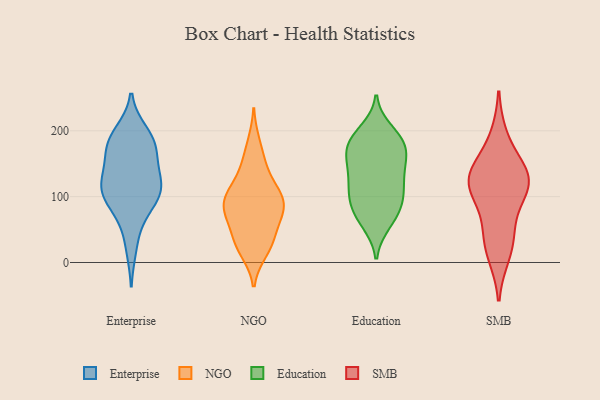
{"axis": {"x": "Latency (ms)", "y": "Value"}, "legend": ["Education", "Enterprise", "NGO", "SMB"], "data": [{"x": "", "y": 189, "type": "Enterprise"}, {"x": "", "y": 65, "type": "Enterprise"}, {"x": "", "y": 173, "type": "Enterprise"}, {"x": "", "y": 108, "type": "Enterprise"}, {"x": "", "y": 168, "type": "Enterprise"}, {"x": "", "y": 197, "type": "Enterprise"}, {"x": "", "y": 130, "type": "Enterprise"}, {"x": "", "y": 101, "type": "Enterprise"}, {"x": "", "y": 130, "type": "Enterprise"}, {"x": "", "y": 186, "type": "Enterprise"}, {"x": "", "y": 89, "type": "Enterprise"}, {"x": "", "y": 169, "type": "Enterprise"}, {"x": "", "y": 123, "type": "Enterprise"}, {"x": "", "y": 23, "type": "Enterprise"}, {"x": "", "y": 111, "type": "Enterprise"}, {"x": "", "y": 104, "type": "Enterprise"}, {"x": "", "y": 88, "type": "NGO"}, {"x": "", "y": 80, "type": "NGO"}, {"x": "", "y": 107, "type": "NGO"}, {"x": "", "y": 180, "type": "NGO"}, {"x": "", "y": 35, "type": "NGO"}, {"x": "", "y": 27, "type": "NGO"}, {"x": "", "y": 107, "type": "NGO"}, {"x": "", "y": 101, "type": "NGO"}, {"x": "", "y": 78, "type": "NGO"}, {"x": "", "y": 151, "type": "NGO"}, {"x": "", "y": 75, "type": "NGO"}, {"x": "", "y": 59, "type": "NGO"}, {"x": "", "y": 139, "type": "NGO"}, {"x": "", "y": 29, "type": "NGO"}, {"x": "", "y": 93, "type": "NGO"}, {"x": "", "y": 18, "type": "NGO"}, {"x": "", "y": 108, "type": "Education"}, {"x": "", "y": 103, "type": "Education"}, {"x": "", "y": 67, "type": "Education"}, {"x": "", "y": 177, "type": "Education"}, {"x": "", "y": 74, "type": "Education"}, {"x": "", "y": 177, "type": "Education"}, {"x": "", "y": 200, "type": "Education"}, {"x": "", "y": 178, "type": "Education"}, {"x": "", "y": 60, "type": "Education"}, {"x": "", "y": 148, "type": "Education"}, {"x": "", "y": 136, "type": "Education"}, {"x": "", "y": 188, "type": "Education"}, {"x": "", "y": 111, "type": "Education"}, {"x": "", "y": 83, "type": "Education"}, {"x": "", "y": 151, "type": "Education"}, {"x": "", "y": 104, "type": "Education"}, {"x": "", "y": 143, "type": "Education"}, {"x": "", "y": 181, "type": "Education"}, {"x": "", "y": 32, "type": "SMB"}, {"x": "", "y": 110, "type": "SMB"}, {"x": "", "y": 133, "type": "SMB"}, {"x": "", "y": 14, "type": "SMB"}, {"x": "", "y": 188, "type": "SMB"}, {"x": "", "y": 111, "type": "SMB"}, {"x": "", "y": 53, "type": "SMB"}, {"x": "", "y": 136, "type": "SMB"}, {"x": "", "y": 124, "type": "SMB"}, {"x": "", "y": 127, "type": "SMB"}]}